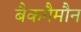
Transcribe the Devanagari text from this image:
बैकगैमौन